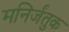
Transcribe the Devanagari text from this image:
मनिर्जंतुक